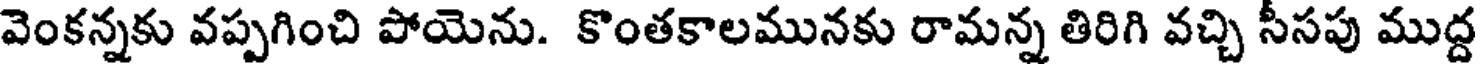
వెంకన్నకు వప్పగించి పోయెను. కొంతకాలమునకు రామన్న తిరిగి వచ్చి సీసపు ముద్ద